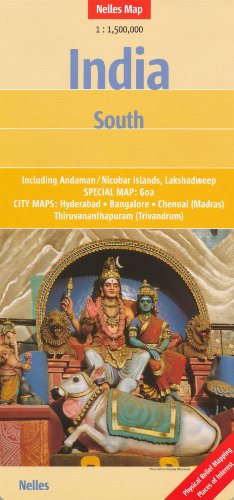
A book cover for India South & Sri Lanka 1:1,500,000 Travel Map; Nelles Verlag; Travel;